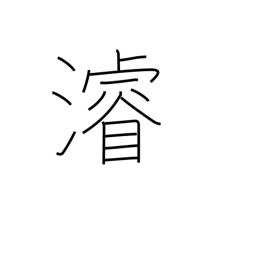
Meaning: dredge